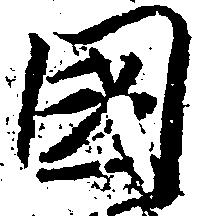
国